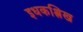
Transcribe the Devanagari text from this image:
इधकश्लिख